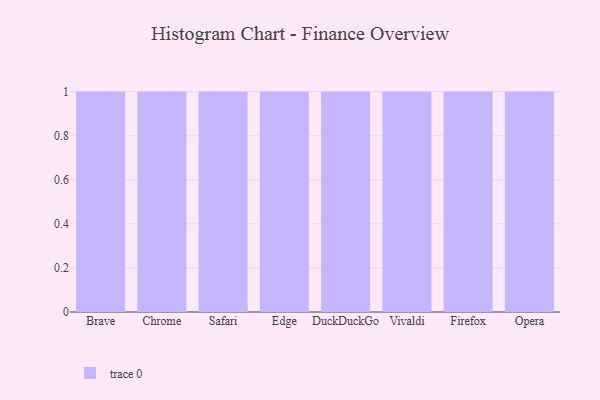
{"axis": {"x": "Browser", "y": "Net Income (USD K)"}, "legend": [""], "data": [{"x": "Brave", "y": 2, "type": ""}, {"x": "Chrome", "y": 33, "type": ""}, {"x": "Safari", "y": 72, "type": ""}, {"x": "Edge", "y": 7, "type": ""}, {"x": "DuckDuckGo", "y": 4, "type": ""}, {"x": "Vivaldi", "y": 31, "type": ""}, {"x": "Firefox", "y": 98, "type": ""}, {"x": "Opera", "y": 62, "type": ""}]}